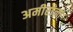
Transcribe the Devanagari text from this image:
अमीरांना